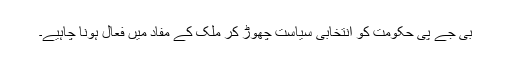
بی جے پی حکومت کو انتخابی سیاست چھوڑ کر ملک کے مفاد میں فعال ہونا چاہیے۔